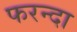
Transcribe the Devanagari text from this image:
फरन्दा